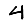
Digit: 4